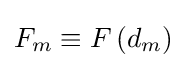
F_{m}\equiv F\left(d_{m}\right)